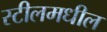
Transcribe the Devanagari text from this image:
स्टीलमधील